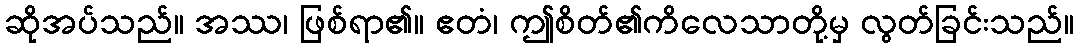
ဆိုအပ်သည်။ အဿ၊ ဖြစ်ရာ၏။ ဧတံ၊ ဤစိတ်၏ကိလေသာတို့မှ လွတ်ခြင်းသည်။